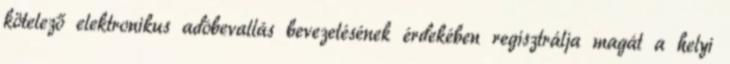
kötelező elektronikus adóbevallás bevezetésének érdekében regisztrálja magát a helyi